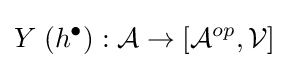
Y\;(h^{\bullet }):{\mathcal {A}}\rightarrow \left[{\mathcal {A}}^{op},{\mathcal {V}}\right]